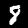
Label: 8